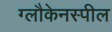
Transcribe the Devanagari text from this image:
ग्लौकेनस्पील